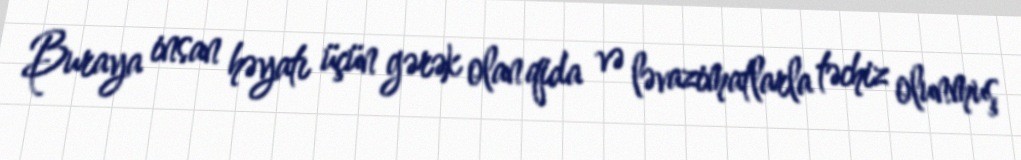
Buraya insan həyatı üçün gərək olan qida və ləvazimatlarla təchiz olunmuş